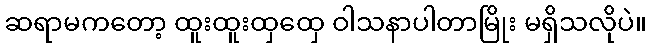
ဆရာမကတော့ ထူးထူးထှထှေ ဝါသနာပါတာမြိုး မရှိသလိုပဲ။